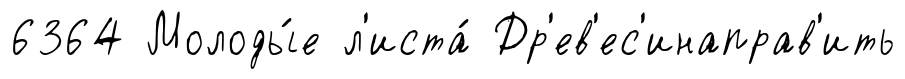
6364 Молоды́е л'иста́ Др'ев'ес'инаправ'ить